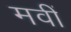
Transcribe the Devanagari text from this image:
मवीं